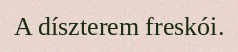
A díszterem freskói.